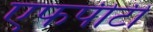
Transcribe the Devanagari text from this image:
एफपीटी